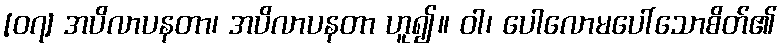
[၀၇] အပိလာပနတာ၊ အပိလာပနတာ ဟူ၍။ ဝါ၊ ပေါလောမပေါ်သောစိတ်၏